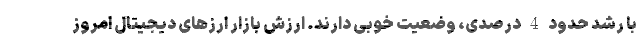
با رشد حدود 4 درصدی، وضعیت خوبی دارند. ارزش بازار ارزهای دیجیتال امروز